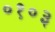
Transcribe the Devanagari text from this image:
०१०३